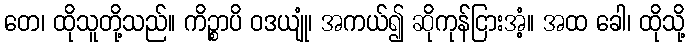
တေ၊ ထိုသူတို့သည်။ ကိဉ္စာပိ ဝဒယျုံ၊ အကယ်၍ ဆိုကုန်ငြားအံ့။ အထ ခေါ၊ ထိုသို့